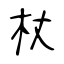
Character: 杖